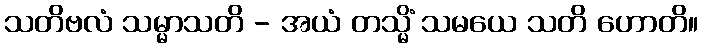
သတိဗလံ သမ္မာသတိ - အယံ တသ္မိံ သမယေ သတိ ဟောတိ။